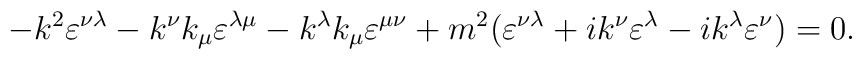
-k^2 \varepsilon^{\nu\lambda} - k^\nu k_\mu \varepsilon^{\lambda\mu} - k^\lambda k_\mu \varepsilon^{\mu \nu} + m^2 (\varepsilon^{\nu\lambda} + ik^\nu \varepsilon^{\lambda} - ik^\lambda \varepsilon^{\nu}) = 0.